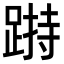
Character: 𨃌